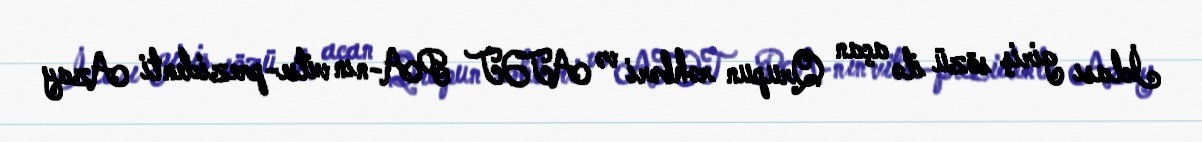
İclası giriş sözü ilə açan Qrupun rəhbəri və ATƏT PA-nın vitse-prezidenti Azay